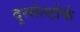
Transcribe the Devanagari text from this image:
दुस्सेल्डोर्फ